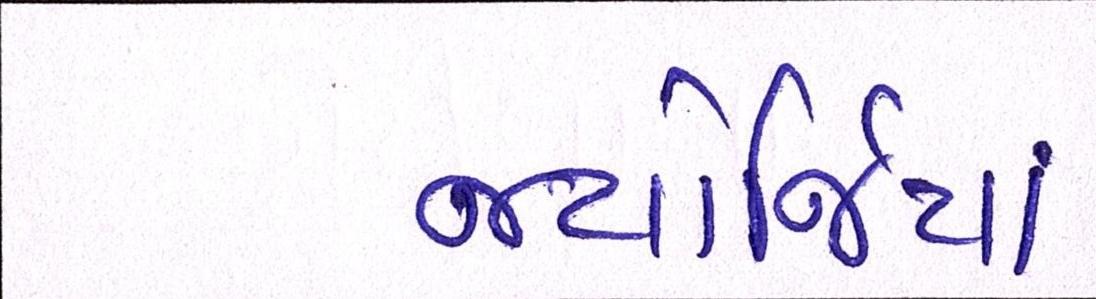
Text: જ્યોર્જિયાં